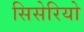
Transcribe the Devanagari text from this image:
सिसेरियो